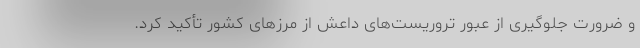
و ضرورت جلوگیری از عبور تروریست‌های داعش از مرزهای کشور تأکید کرد.